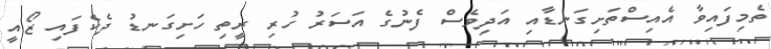
ތެމިފައިވާ އެއިސްތަށިގަނޑާއި އަދިވެސް ފެނުގެ އަސަރު ހުރި ރީތި ހަށިގަނޑު ދެކެފައި ޒޯއީ